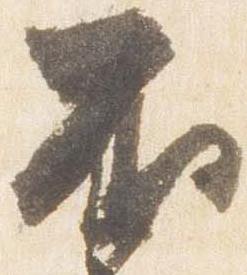
不